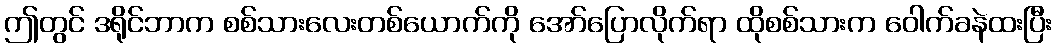
ဤတွင် ဒရိုင်ဘာက စစ်သားလေးတစ်ယောက်ကို အော်ပြောလိုက်ရာ ထိုစစ်သားက ဝေါက်ခနဲထးပြီး